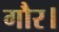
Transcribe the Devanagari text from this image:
गौर।